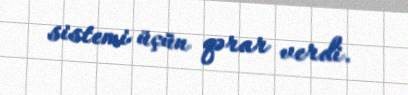
sistemi üçün qərar verdi.